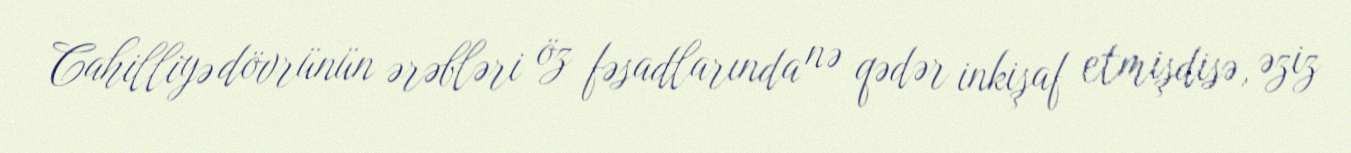
Cahilliyə dövrünün ərəbləri öz fəsadlarında nə qədər inkişaf etmişdisə, əziz